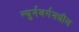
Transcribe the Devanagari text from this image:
न्युर्नबर्गमधील